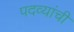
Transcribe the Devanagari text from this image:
पदव्यांची